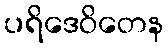
ပရိဒေဝိတေန